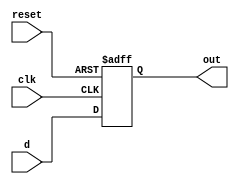
module D_FF(d,clk,reset, out);
input d,clk,reset;
output out;
reg out;
always @(negedge clk or negedge reset) begin
 if(reset== 1'b0) begin
	out <= 1'b0;
	end
	else begin
	out <= d;
	end
end
endmodule